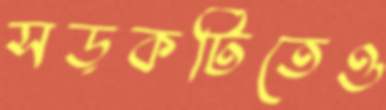
সড়কটিতেও